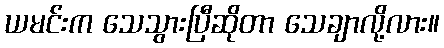
ယမင်းက သေသွားပြီဆိုတာ သေချာလို့လား။